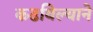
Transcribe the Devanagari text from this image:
कढविल्याने